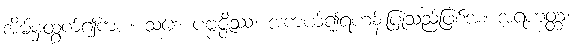
အိမ်မှထွက်၍ကား။ သစေ ပဗ္ဗဇ္ဇိဿ၊ အကယ်၍ရဟန်းပြုသည်ဖြစ်အံ့။ အရဟတ္တံ၊